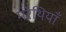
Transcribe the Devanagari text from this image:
मरेथियाँ